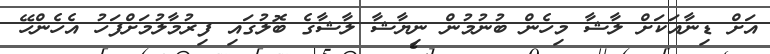
އަށް ޑިނާއަކަށް ލާޝާ މިހެން ބުނުމުން ނިޔާޝާ ލާޝާގެ ބޮލުގައި ފިރުމާލުމަށްފަހު އެހެންހޭ